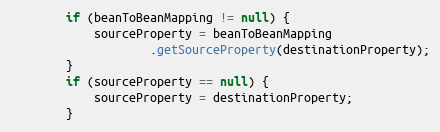
Language: Java
		if (beanToBeanMapping != null) {
			sourceProperty = beanToBeanMapping
					.getSourceProperty(destinationProperty);
		}
		if (sourceProperty == null) {
			sourceProperty = destinationProperty;
		}